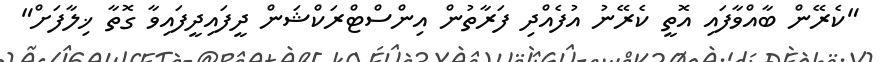
"ކެރޭން ބާއްވާފައި އޮތީ ކެރޭނު އުފެއްދި ފަރާތުން އިންސްޓްރަކްޝަން ދީފައިދީފައިވާ ގޮތާ ޚިލާފަށް"